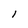
Character: l